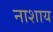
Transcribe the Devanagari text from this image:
नाशाय